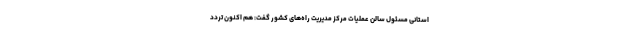
استانی مسئول سالن عملیات مرکز مدیریت راه‌های کشور گفت: هم اکنون تردد